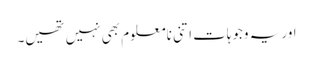
اور یہ وجوہات اتنی نامعلوم بھی نہیں تھیں۔